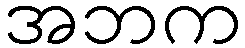
အဘက